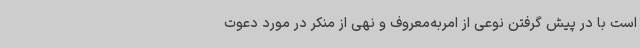
است با در پیش گرفتن نوعی از امربه‌معروف و نهی از منکر در مورد دعوت